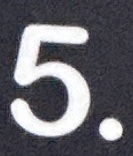
5.